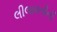
લીલાવતીની